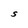
Character: S